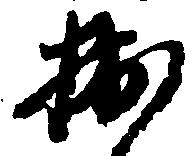
拙